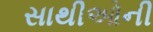
સાથીઓની